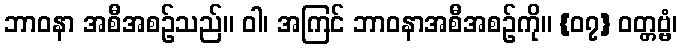
ဘာဝနာ အစီအစဉ်သည်။ ဝါ၊ အကြင် ဘာဝနာအစီအစဉ်ကို။ {၀၇} ဝတ္တဗ္ဗံ၊